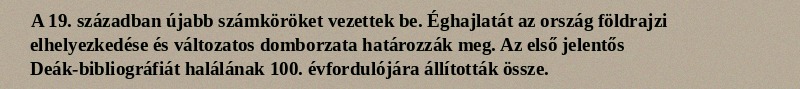
A 19. században újabb számköröket vezettek be. Éghajlatát az ország földrajzi elhelyezkedése és változatos domborzata határozzák meg. Az első jelentős Deák-bibliográfiát halálának 100. évfordulójára állították össze.